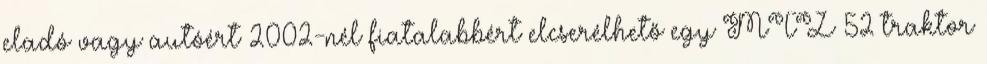
eladó vagy autóért 2002-nél fiatalabbért elcserélhető egy MTZ—52 traktor